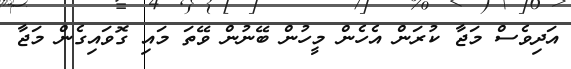
އަދިވެސް މަޖާ ކުރަން އެހެން މީހުން ބޭނުން ވޭތަ މައި ގޮވައިގެން މަޖާ